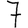
Digit: 7